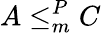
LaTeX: A\leq_{m}^{P}C